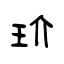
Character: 玠